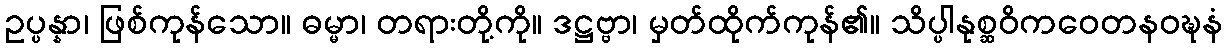
ဥပ္ပန္နာ၊ ဖြစ်ကုန်သော။ ဓမ္မာ၊ တရားတို့ကို။ ဒဋ္ဌဗ္ဗာ၊ မှတ်ထိုက်ကုန်၏။ သိပ္ပါနုစ္ဆဝိကဝေတနဝဍ္ဎနံ